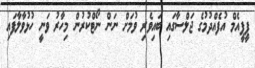
ޕީޕީއެމް އުފެއްދުމުގެ ޖަލްސާގައި ބައިވެރި ވުމަށް ނަން ނޯޓްކުރުން މިހާރު ވަނީ ހުޅުވާލާފައި